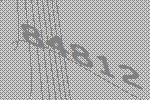
84812